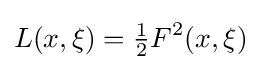
L(x,\xi )={\tfrac {1}{2}}F^{2}(x,\xi )